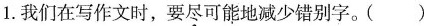
1.我们在写作文时，要尽可能地减少错别字。()